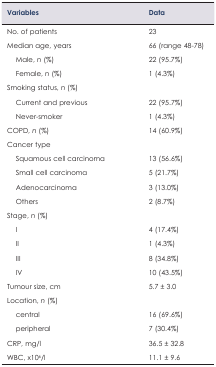
| Variables | Data |
 | --- | --- |
 | No. of patients | 23 |
 | Median age, years | 66 (range 48–78) |
 | Male, n (%) | 22 (95.7%) |
 | Female, n (%) | 1 (4.3%) |
 | Smoking status, n (%) |  |
 | Current and previous | 22 (95.7%) |
 | Never-smoker | 1 (4.3%) |
 | COPD, n (%) | 14 (60.9%) |
 | Cancer type |  |
 | Squamous cell carcinoma | 13 (56.6%) |
 | Small cell carcinoma | 5 (21.7%) |
 | Adenocarcinoma | 3 (13.0%) |
 | Others | 2 (8.7%) |
 | Stage, n (%) |  |
 | I | 4 (17.4%) |
 | II | 1 (4.3%) |
 | III | 8 (34.8%) |
 | IV | 10 (43.5%) |
 | Tumour size, cm | 5.7 ± 3.0 |
 | Location, n (%) |  |
 | central | 16 (69.6%) |
 | peripheral | 7 (30.4%) |
 | CRP, mg/l | 36.5 ± 32.8 |
 | WBC, ×106/l | 11.1 ± 9.6 |